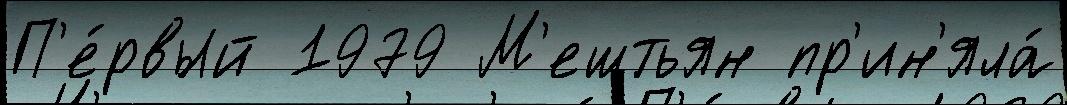
П'е́рвый 1979 М'ештьян пр'ин'яла́